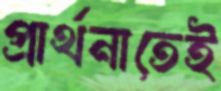
প্রার্থনাতেই